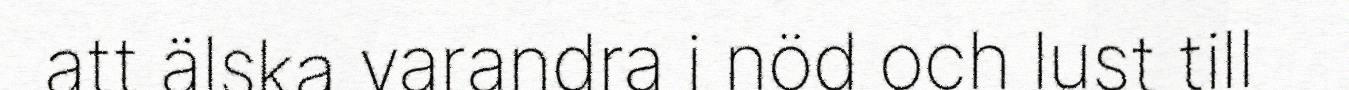
att älska varandra i nöd och lust till